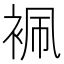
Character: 𧙱